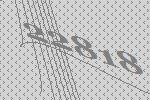
22818